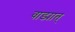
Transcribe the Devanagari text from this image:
वाड्यात्